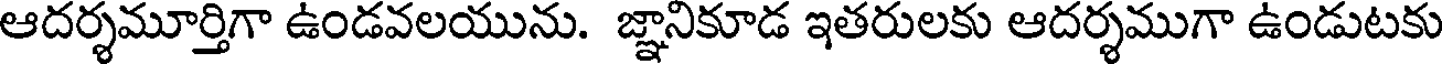
ఆదర్శమూర్తిగా ఉండవలయును. జ్ఞానికూడ ఇతరులకు ఆదర్శముగా ఉండుటకు